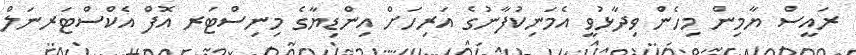
ރައީސް ޔާމިން މިހެން ވިދާޅުވީ އެމަނިކުފާނުގެ އަރިހަށް އިންޑިޔާގެ މިނިސްޓަރ އޮފް އެކްސްޓަރނަލް